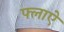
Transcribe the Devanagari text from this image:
फ्लाऐ